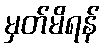
မှတ်မိရန်